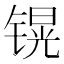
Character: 𲈒